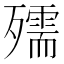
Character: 𭮥